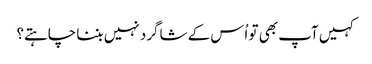
‏ کہیں آپ بھی تو اُس کے شاگرد نہیں بننا چاہتے؟